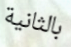
بالثانية